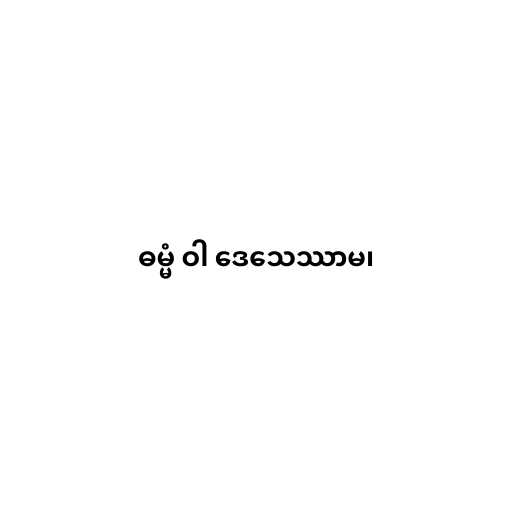
ဓမ္မံ ဝါ ဒေသေဿာမ၊